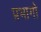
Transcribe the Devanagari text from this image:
प्रभागो